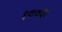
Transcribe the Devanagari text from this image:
१७७३।